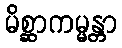
မိစ္ဆာကမ္မန္တာ